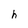
Character: h